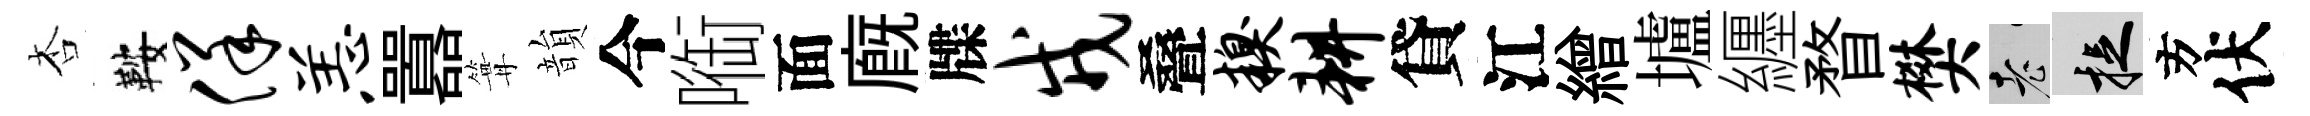
杏鞍佯恙囂篝韻今㗸面廐牒戎叠糗耕貸江繒壚纒瞀樊老捉方伏